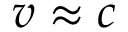
v \approx c